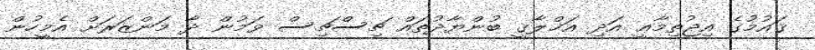
ޤައުމުގެ އިޖުތިމާޢީ އަދި އަޚްލާޤީ ބުންޔާދުތައް ޗިސްޗިސް ވަމުން ދާ މަންޒަރަށް އެމީހުން